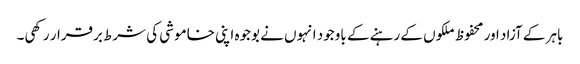
باہر کے آزاد اور محفوظ ملکوں کے رہنے کے باوجود انہوں نے بوجوہ اپنی خاموشی کی شرط برقرار رکھی۔